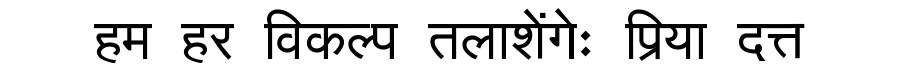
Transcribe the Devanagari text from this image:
हम हर विकल्प तलाशेंगेः प्रिया दत्त